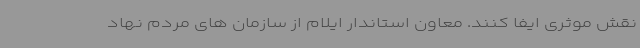
نقش موثری ایفا کنند. معاون استاندار ایلام از سازمان های مردم نهاد